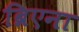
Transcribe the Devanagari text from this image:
ब्रिएना